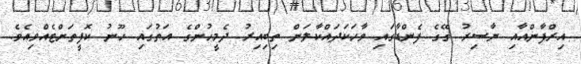
އިރްފާންއާއި ޔާސިރު ގޭގެ ފެންޑާގައި ވާހަކަދައްކާލަން ތިބިއިރު ދެމީހުންގެ އަތުގައި ހޫނު ކޮފީތަށްޓެއްވިއެވެ.